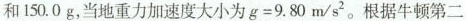
和 150. 0 g，当地重力加速度大小为$$g = 9 . 8 0 m / s ^ { 2 }$$。根据牛顿第二